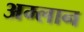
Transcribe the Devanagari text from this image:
अम्लान